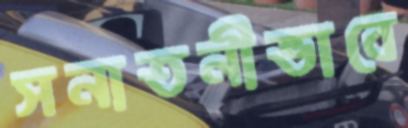
সনাতনীভাবে